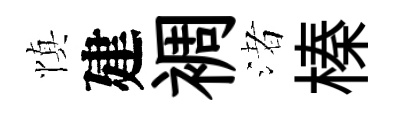
慎建裯渚榛